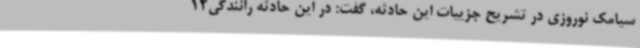
سیامک نوروزی در تشریح جزییات این حادثه، گفت: در این حادثه رانندگی12